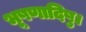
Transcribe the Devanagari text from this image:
भूषणादिषु।